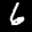
Label: 6